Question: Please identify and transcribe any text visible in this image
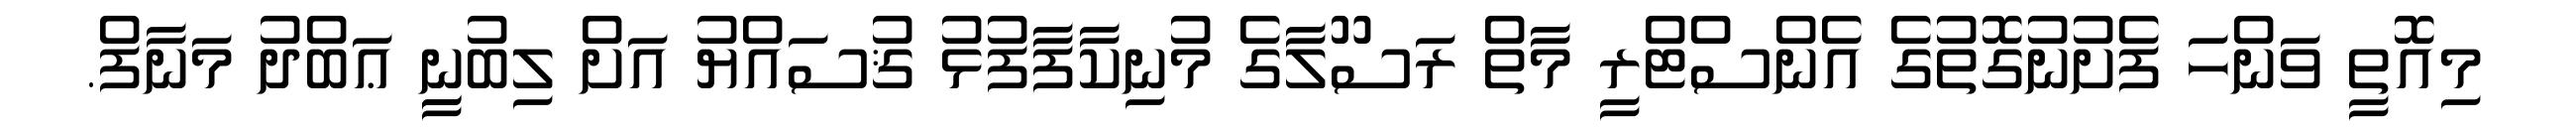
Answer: މިއޮތީ ވަންހަ ފެށުނުގޮތުގެ އެންސްޓްރީ މާތް ރަސޫލާގެ މުނިކާފާފުޅު ޤުސައްޔު އަށް ލިބުނިީ ޢަބްދު މަނާފް.